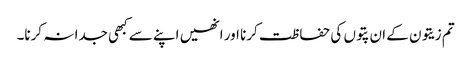
تم زیتون کے ان پتوں کی حفاظت کرنا اور انھیں اپنے سے کبھی جدا نہ کرنا۔